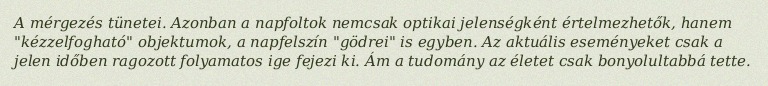
A mérgezés tünetei. Azonban a napfoltok nemcsak optikai jelenségként értelmezhetők, hanem "kézzelfogható" objektumok, a napfelszín "gödrei" is egyben. Az aktuális eseményeket csak a jelen időben ragozott folyamatos ige fejezi ki. Ám a tudomány az életet csak bonyolultabbá tette.